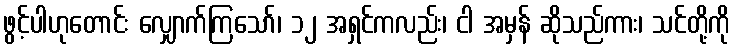
ဖွင့်ပါဟုတောင်း လျှောက်ကြသော်၊ ၁၂ အရှင်ကလည်း၊ ငါ အမှန် ဆိုသည်ကား၊ သင်တို့ကို